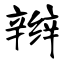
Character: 辫